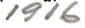
1916